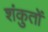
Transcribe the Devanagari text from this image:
शंकुतों